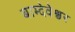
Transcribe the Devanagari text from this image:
बाम्देवेश्वर